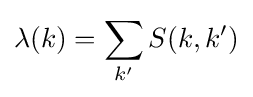
\lambda (k)=\sum _{k'}S(k,k')